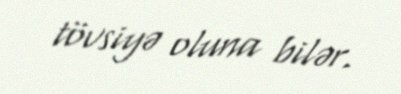
tövsiyə oluna bilər.